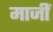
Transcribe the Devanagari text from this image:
माजीं